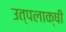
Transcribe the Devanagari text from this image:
उत्पलाक्षी